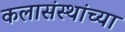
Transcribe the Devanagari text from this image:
कलासंस्थांच्या